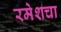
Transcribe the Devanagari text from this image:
रमेशचा